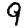
Digit: 9